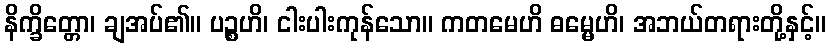
နိက္ခိတ္တော၊ ချအပ်၏။ ပဉ္စဟိ၊ ငါးပါးကုန်သော။ ကတမေဟိ ဓမ္မေဟိ၊ အဘယ်တရားတို့နှင့်။